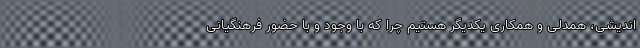
اندیشی، همدلی و همکاری یکدیگر هستیم چرا که با وجود و با حضور فرهنگیانی